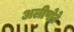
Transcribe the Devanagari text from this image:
अलीपोरे